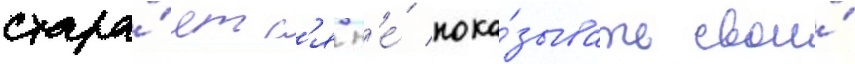
стара́етс'я н'е́ пока́зывать свои́